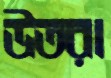
উতরা